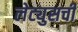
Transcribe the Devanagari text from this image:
लेट्युसची